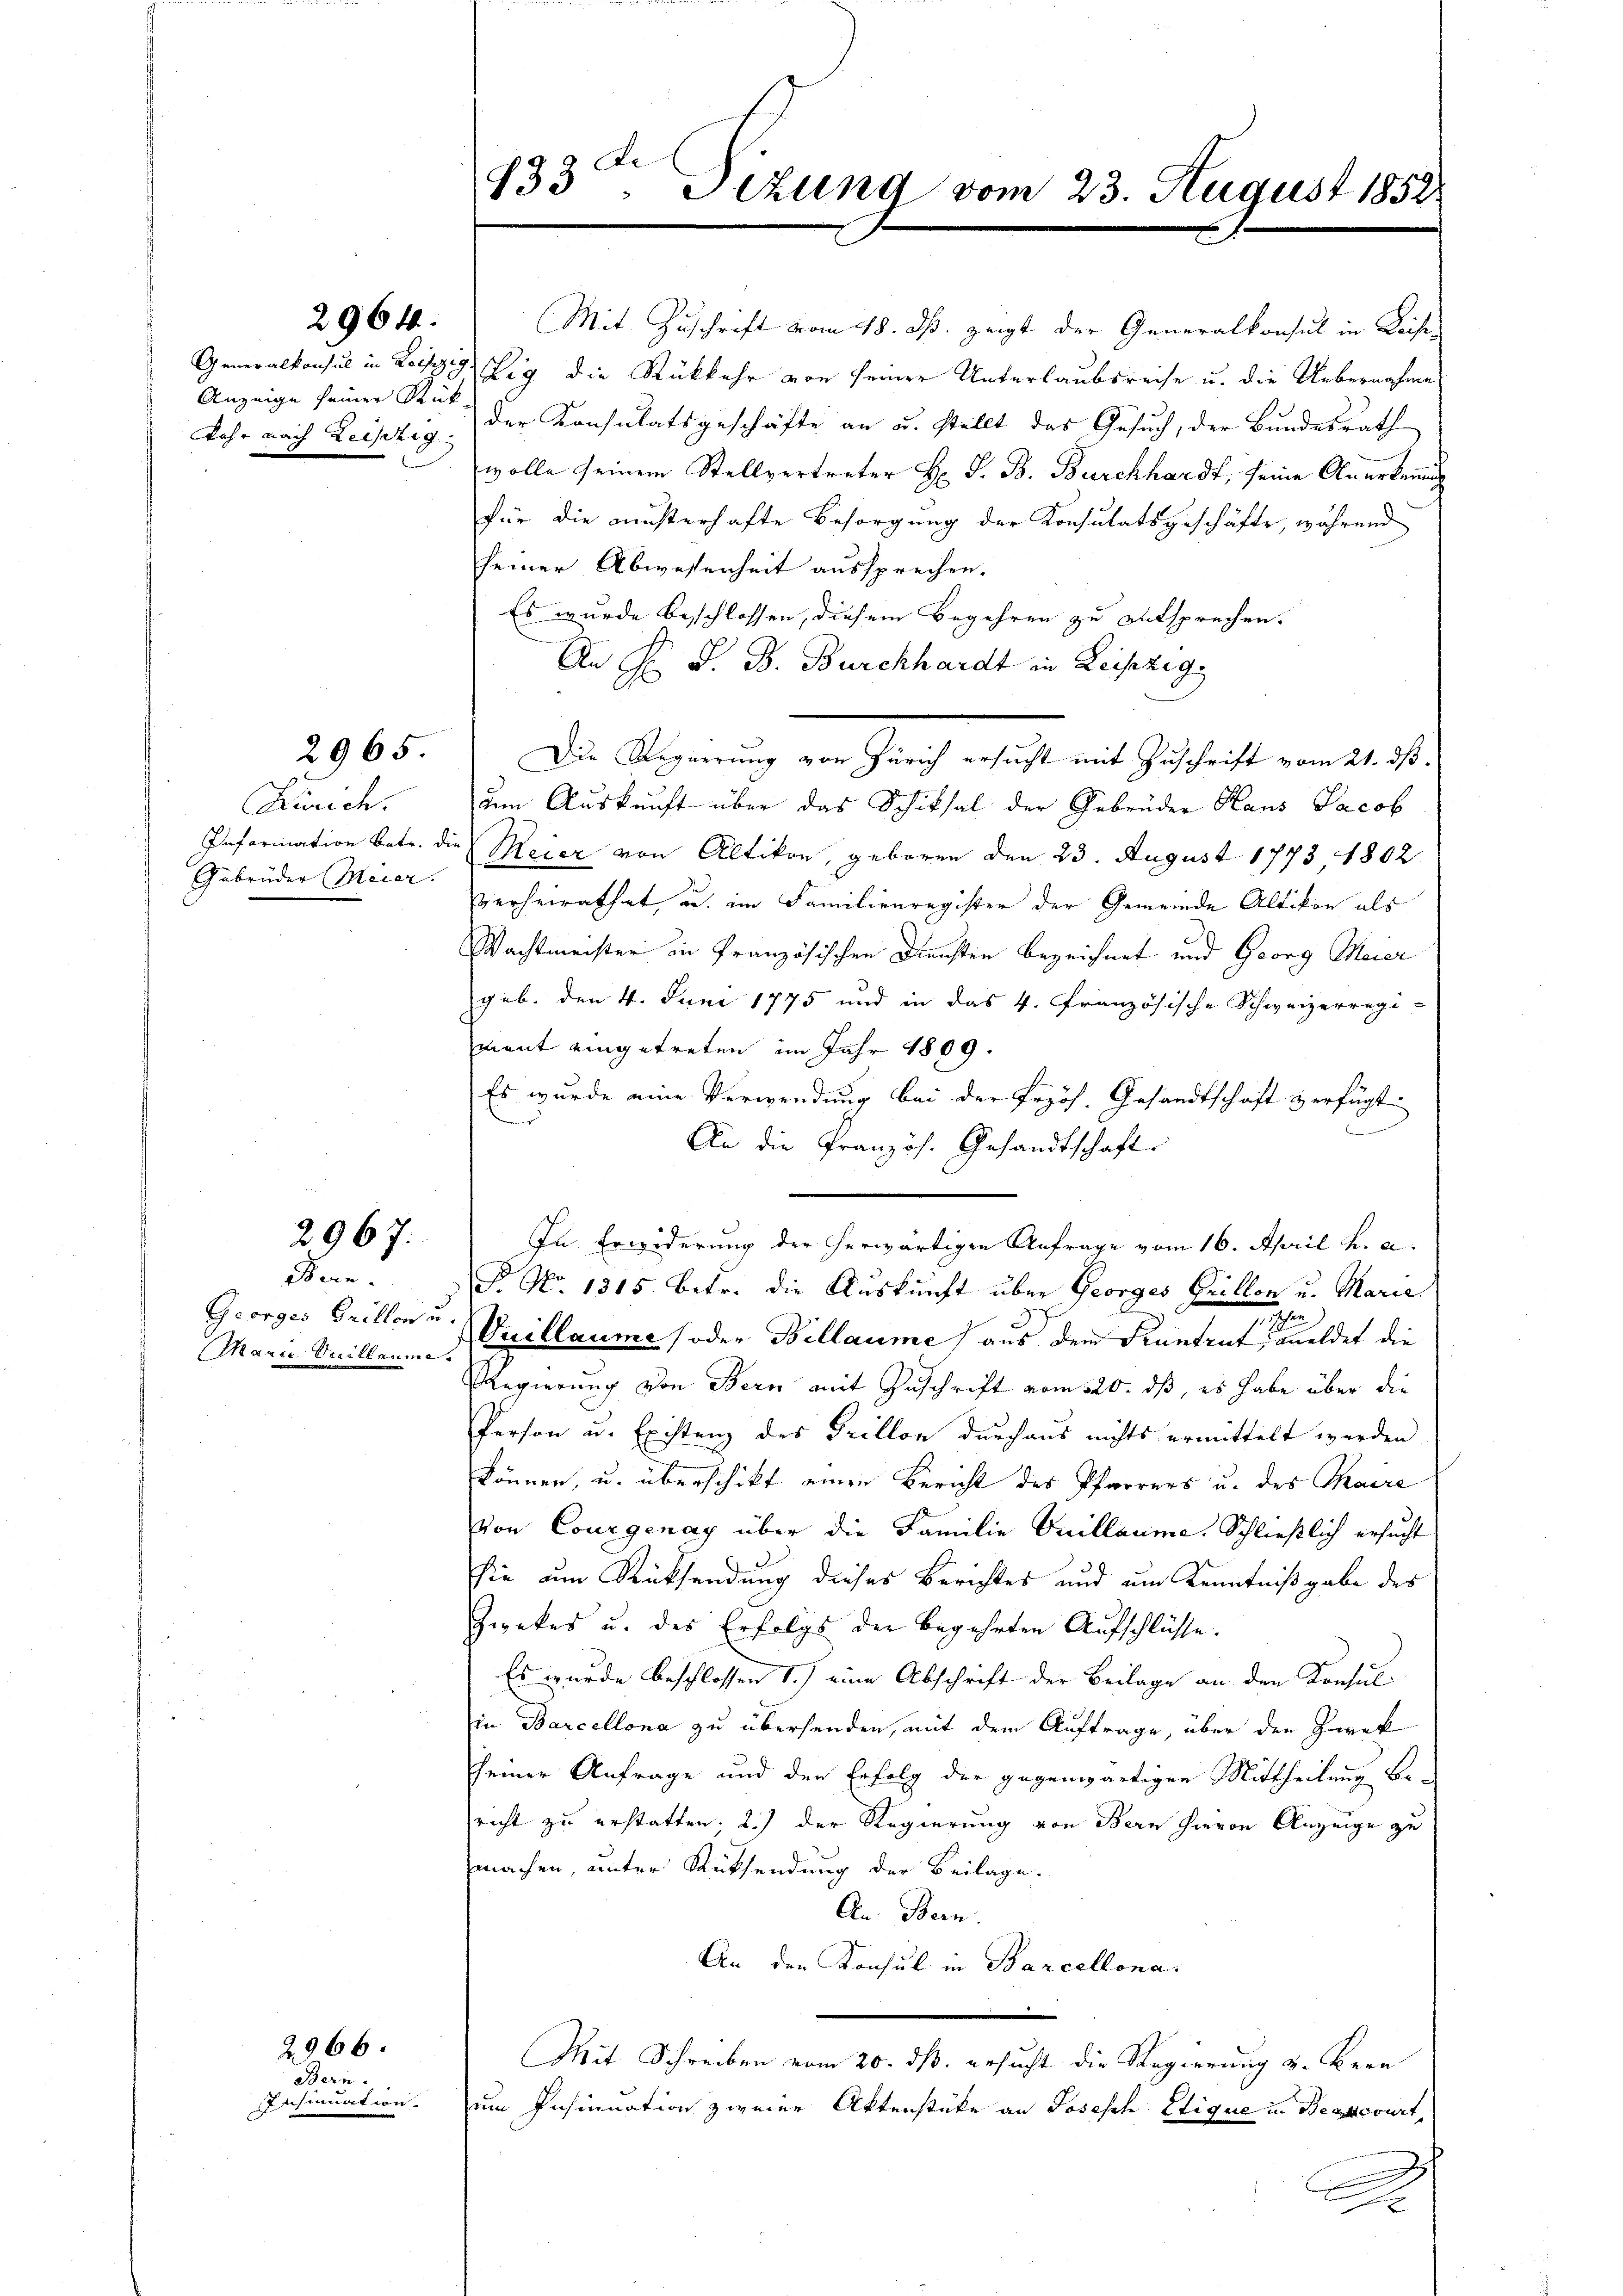
Anzeige seiner Rück¬
Jahr nach Leistig

Zürich.
Infarination betr. die
Gebrüder Meier.

2964.

2965.

2967.

den.
Georges Grillen u.
Marie Vuillaume

Bern.
Ircsinuation.

2966.

933t Sizung vom 23. August 1852.

Die Regierung von Zürich ersucht mit Zuschrift vom 21. ds.

Mit Zuschrift vom 18. ds. zeigt der Generalkonsul in Kaise
Generalkonsul in Leipzig Tig die Rückkehr von seiner Unterlaubsreise u. die Uebernahme
der Konsulatsgeschäfte an u. stellt das Gesuch, der Bundesrath
wolle seinem Stellvertreter H S. B. Burckhardt, seine Anerkennung
für die musterhafte Besorgung der Konsulatsgeschäfte, während
seiner Abwesenheit aussprechen.
Es wurde beschlossen, diesem Begehren zu entsprechen.
An F. S. B. Burckhardt in Leipzig,
um Auskunft über das Schiksal der Gebrüder Haus Jacob
Meier von Altikon, geboren den 23. August 1773, 1802.
verheirathet u. im Familienregister der Gemeinde Altikon als
Wachtmeister in Französischen Diensten bezeichnet und Georg Meier
geb. den 4. Juni 1775 und in das 4. Französische Schweizerregi-
ment eingetreten im Jahr 1809.
Es wurde eine Verwendung bei der Erzös. Gesandtschaft verfügt:
An die Französ. Gesandtschaft
In Erwiderung der herwärtigen Anfrage vom 16. April h. a.
F. No. 1815. betr. die Auskunft über Georges Grillon u. Marie
1
Vuillaume (oder Billaume aus dem Kuntrut, meldet die
Regierung von Bern mit Zuschrift vom 20. ds, es habe über die
Person u. Existenz des Grillon durchaus nichts ermittelt werden.
können, u. überschikt einen Bericht des Pfarrers u. des Maire
von Courgenay über die Familie Guillaume. Schließlich ersucht
sie um Rücksendung dieses Berichtes und um Kenntnißgabe des
Zwekes u. des Erfolgs der begehrten Aufschlüsse.
Es wurde beschlossen 1.) eine Abschrift der Beilage an den Konsul
in Barcellona zu übersenden, mit dem Auftrage, über den Zweck
seiner Anfrage und der Erfolg der gegenwärtigen Mittheilung be-
richt zu erstatten; 2.) der Regierung von Bern hievon Anzeige zu
machen, unter Rücksendung der Beilage.
An. Bern.
An den Konsul in Barcellona
.
Mit Schreiben vom 20. ds. ersucht die Regierung v. Bern
um Insinuation zweier Aktenstüke an Joseph Etique in Beancourt,
2